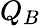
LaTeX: Q_{B}